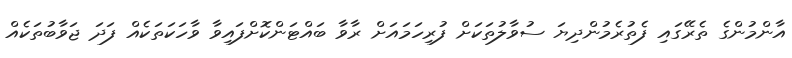
އާންމުންގެ ތެރޭގައި ފެތުރެމުންދިޔަ ސުވާލުތަކަށް ފުރިހަމައަށް ރާވާ ބައްޓަންކޮށްފައިވާ ވާހަކަތަކެއް ފަދަ ޖަވާބުތަކެއް